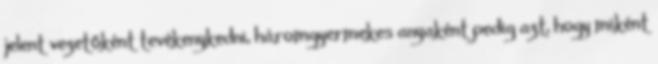
jelent vezetőként tevékenykedni, háromgyermekes anyaként pedig azt, hogy miként